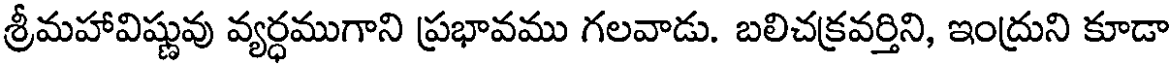
శ్రీమహావిష్ణువు వ్యర్ధముగాని ప్రభావము గలవాడు. బలిచక్రవర్తిని, ఇంద్రుని కూడా